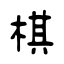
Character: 棋